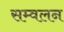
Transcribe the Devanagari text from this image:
सम्वलन